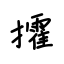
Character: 攉